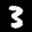
Label: 3